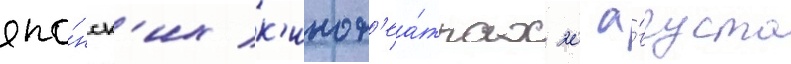
япо́нск'их к'инот'еа́трах 20 а́вгуста